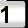
Digit: 1